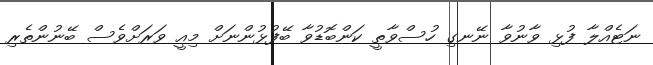
ނަޓެއްލާ ފުޅި ވާނުވާ ނޭނގި ހުސްވާތީ ކަންބޮޑުވާ ބޭފުޅުންނަށް މިއީ ވަރަށްވެސް ބޭނުންތެރި